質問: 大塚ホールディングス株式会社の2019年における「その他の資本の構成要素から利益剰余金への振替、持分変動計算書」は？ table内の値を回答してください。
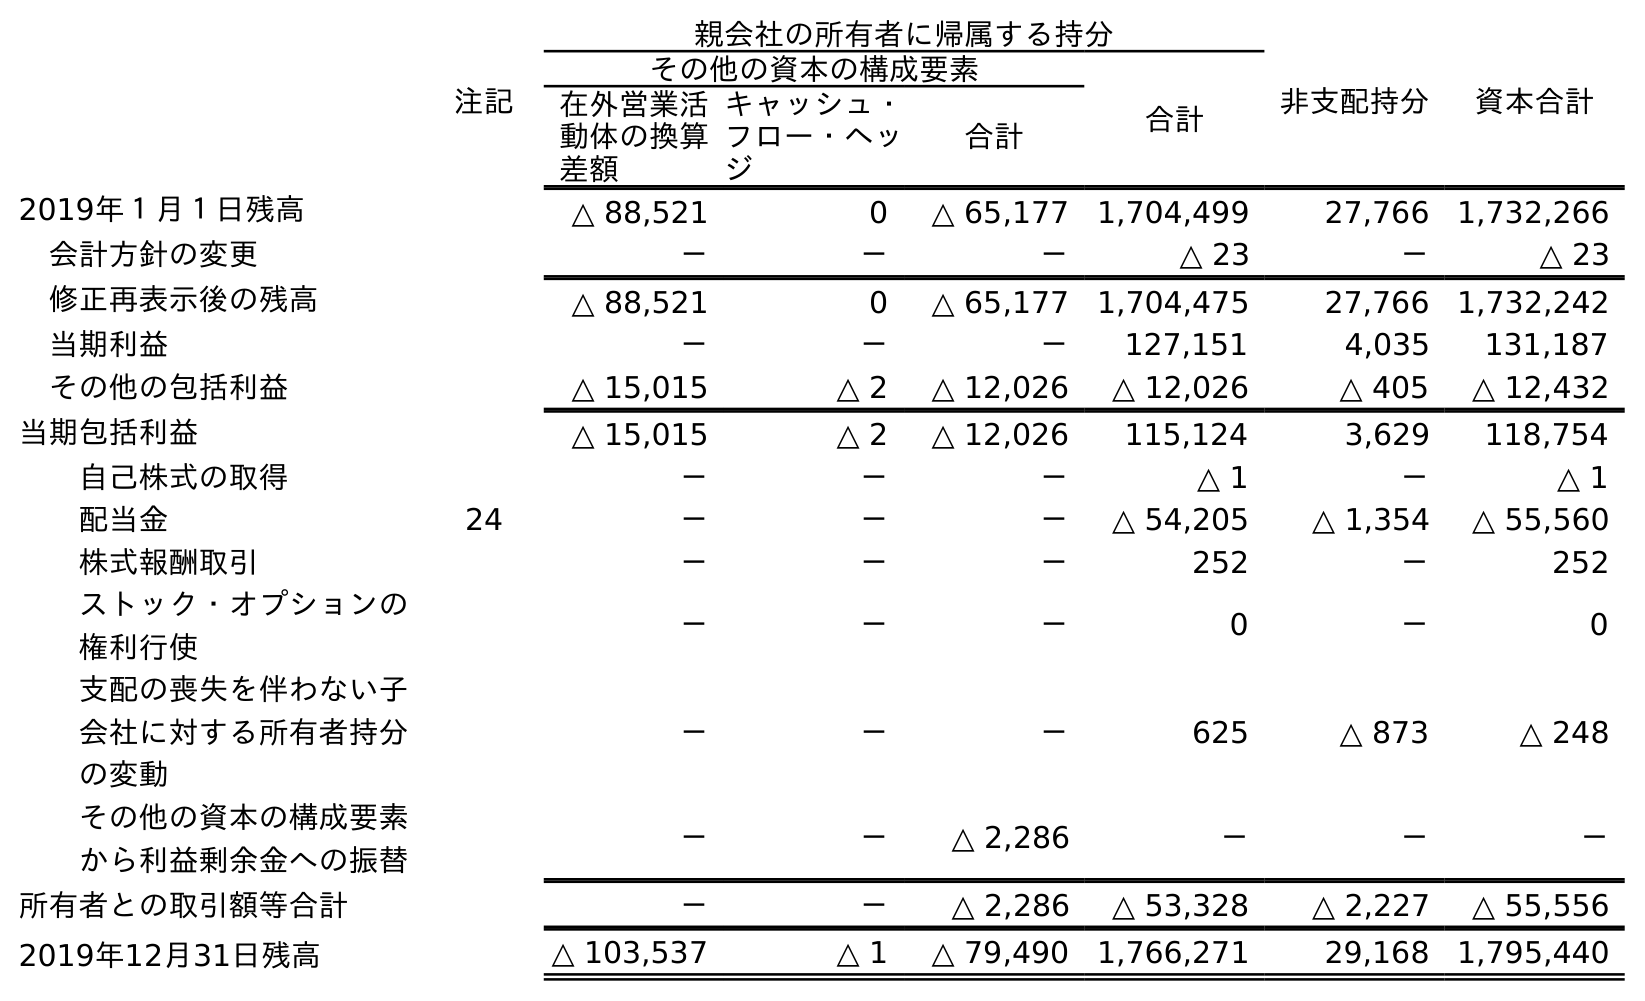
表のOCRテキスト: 注記 親会社の所有者に帰属する持分 非支配持分 資本合計 その他の資本の構成要素 合計 在外営業活 動体の換算 差額 キャッシュ・ フロー・ヘッ ジ 合計 2019年１月１日残高 △ 88,521 0 △ 65,177 1,704,499 27,766 1,732,266 会計方針の変更 － － － △ 23 － △ 23 修正再表示後の残高 △ 88,521 0 △ 65,177 1,704,475 27,766 1,732,242 当期利益 － － － 127,151 4,035 131,187 その他の包括利益 △ 15,015 △ 2 △ 12,026 △ 12,026 △ 405 △ 12,432 当期包括利益 △ 15,015 △ 2 △ 12,026 115,124 3,629 118,754 自己株式の取得 － － － △ 1 － △ 1 配当金 24 － － － △ 54,205 △ 1,354 △ 55,560 株式報酬取引 － － － 252 － 252 ストック・オプションの 権利行使 － － － 0 － 0 支配の喪失を伴わない子 会社に対する所有者持分 の変動 － － － 625 △ 873 △ 248 その他の資本の構成要素 から利益剰余金への振替 － － △ 2,286 － － － 所有者との取引額等合計 － － △ 2,286 △ 53,328 △ 2,227 △ 55,556 2019年12月31日残高 △ 103,537 △ 1 △ 79,490 1,766,271 29,168 1,795,440
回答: －